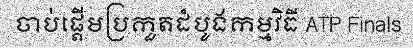
ចាប់ផ្តើមប្រកួតដំបូងកម្មវិធី ATP Finals